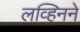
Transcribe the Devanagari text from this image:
लव्हिनने